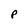
Character: P